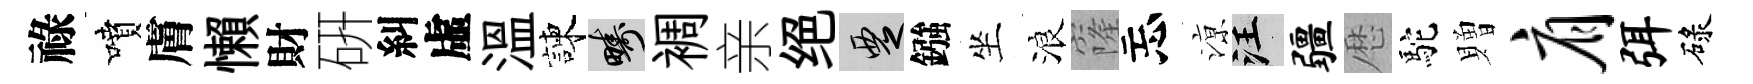
祿噴膚懶財硏糾虛溫諫疇裯亲绝覂鏹坐浪窿忘鿌汪疆厯駝贈肩弭碌